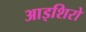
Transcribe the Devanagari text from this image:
आइशिरो